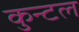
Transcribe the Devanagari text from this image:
कुन्टल